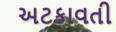
અટકાવતી